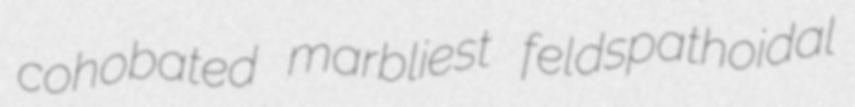
cohobated marbliest feldspathoidal